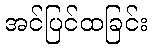
အင်ပြင်ထခြင်း